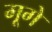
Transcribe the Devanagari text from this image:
मूगे